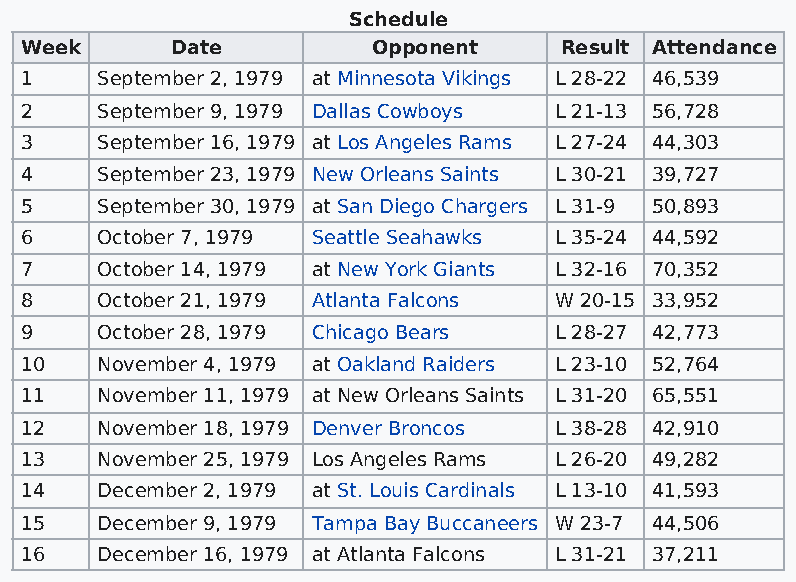
Schedule
 Week      Date          Opponent    Result Attendance
 1    September 2, 1979 at Minnesota Vikings L 28-22 46,539
 2    September 9, 1979 Dallas Cowboys L 21-13 56,728
 3    September 16, 1979 at Los Angeles Rams L 27-24 44,303
 4    September 23, 1979 New Orleans Saints L 30-21 39,727
 5    September 30, 1979 at San Diego Chargers L 31-9 50,893
 6    October 7, 1979 Seattle Seahawks L 35-24 44,592
 7    October 14, 1979 at New York Giants L 32-16 70,352
 8    October 21, 1979 Atlanta Falcons W 20-15 33,952
 9    October 28, 1979 Chicago Bears L 28-27 42,773
 10   November 4, 1979 at Oakland Raiders L 23-10 52,764
 11   November 11, 1979 at New Orleans Saints L 31-20 65,551
 12   November 18, 1979 Denver Broncos L 38-28 42,910
 13   November 25, 1979 Los Angeles Rams L 26-20 49,282
 14   December 2, 1979 at St. Louis Cardinals L 13-10 41,593
 15   December 9, 1979 Tampa Bay Buccaneers W 23-7 44,506
 16   December 16, 1979 at Atlanta Falcons L 31-21 37,211